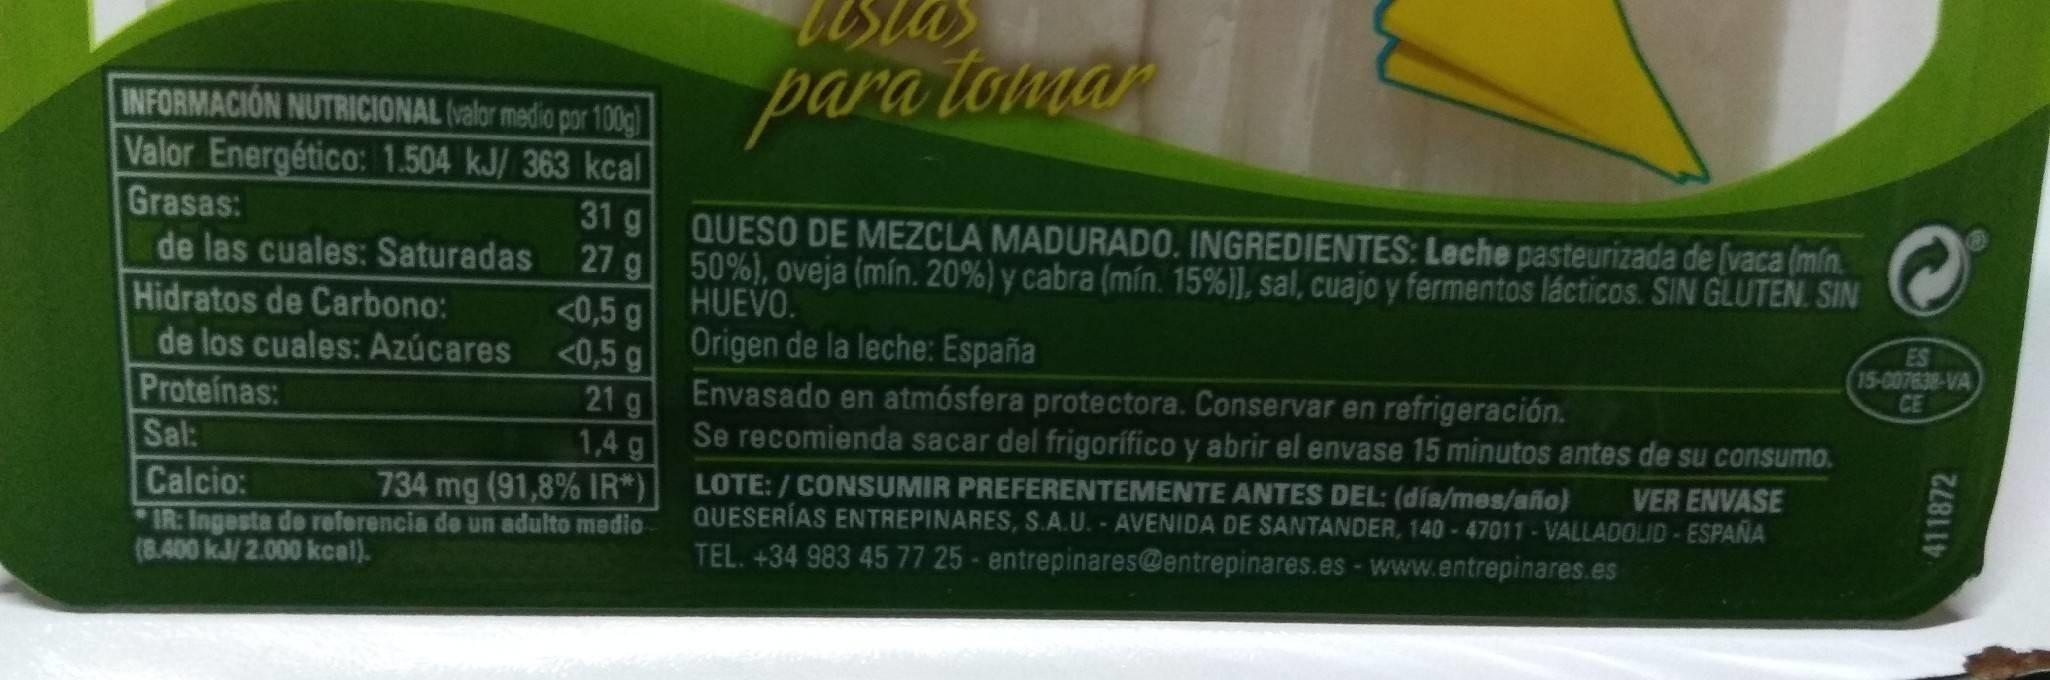
para toma
INFORMACIÓN NUTRICIONAL (valor medio por 100g) Valor Energético: 1.504 kJ/ 363 kcal Grasas: de las cuales: Saturadas
31 g 27 g <0,5 g <0,5 g 21 g 1,4 g 734 mg (91,8% IR*) IR: Ingesta de referencia de un adulto medio
QUESO DE MEZCLA MADURADO. INGREDIENTES: Leche pasteurizada de (vaca (min. 50%), oveja (mín. 20%) y cabra (mín. 15%)], sal, cuajo y fermentos lácticos. SIN GLUTEN. SIN HUEVO. Origen de la leche: España Envasado en atmósfera protectora. Conservar en refrigeración. Se recomienda sacar del frigorífico y abrir el envase 15 minutos antes de su consumo.
Hidratos de Carbono: de los cuales: Azúcares Proteínas: Sal:
ES 15-007638-VA CE
LOTE: /CONSUMIR PREFERENTEMENTE ANTES DEL: (día/mes/año) QUESERÍAS ENTREPINARES, S.A.U. - AVENIDA DE SANTANDER, 140-47011-VALLADOLID-ESPAÑA TEL. +34 983 45 77 25- entrepinares@entrepinares.es -www.entrepinares.es
VER ENVASE
Calcio:
(8.400 kJ/2.000 kcal).
411872